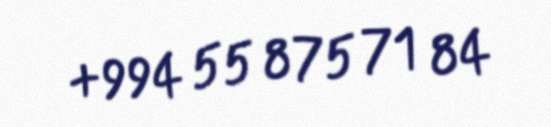
+994 55 875 71 84